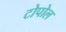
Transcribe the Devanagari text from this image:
टोपोल